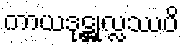
ကာယဒုဋ္ဌုလ္လဿပိ